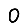
Digit: 0